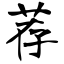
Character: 荐